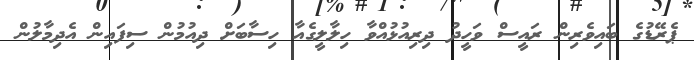
ޕެރޭޑުގެ ބައިވެރިން ރައީސް ވަހީދު ދިރިއުޅުއްވާ ހިލާލީގެއާ ހިސާބަށް ދިއުމުން ސިފައިން އެދިމާލުން